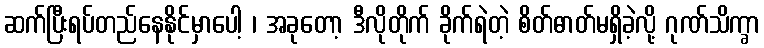
ဆက်ပြီးရပ်တည်နေနိုင်မှာပေါ့ ၊ အခုတော့ ဒီလိုတိုက် ခိုက်ရဲတဲ့ စိတ်ဓာတ်မရှိခဲ့လို့ ဂုဏ်သိက္ခာ